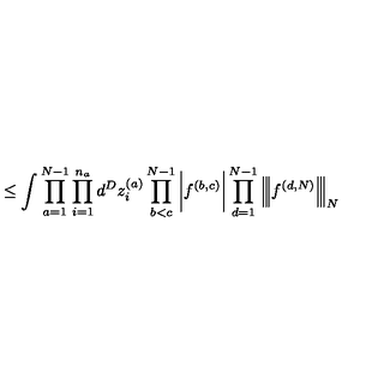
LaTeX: \leq \int \prod _ { a = 1 } ^ { N - 1 } \prod _ { i = 1 } ^ { n _ { a } } d ^ { D } z _ { i } ^ { ( a ) } \prod _ { b < c } ^ { N - 1 } \bigg | f ^ { ( b , c ) } \bigg | \prod _ { d = 1 } ^ { N - 1 } \Big | \! \Big | \! \Big | f ^ { ( d , N ) } \Big | \! \Big | \! \Big | _ { N }